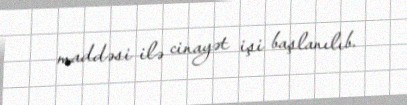
maddəsi ilə cinayət işi başlanılıb.